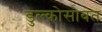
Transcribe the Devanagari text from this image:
डुल्कोसोबत